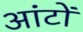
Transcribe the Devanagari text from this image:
आंटों